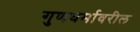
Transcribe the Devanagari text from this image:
गुणधर्मावरील